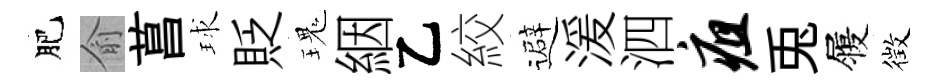
肥俞菖球貶瑰絪乙絞避湲泗疽兎履徴